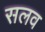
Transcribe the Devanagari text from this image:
सलव